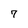
Character: 7